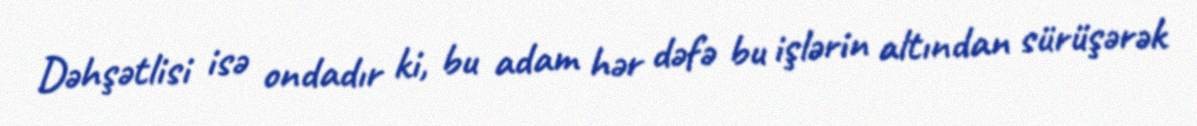
Dəhşətlisi isə ondadır ki, bu adam hər dəfə bu işlərin altından sürüşərək